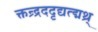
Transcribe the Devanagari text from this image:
क्तन्र्द्रददृद्यत्द्मथ्र्